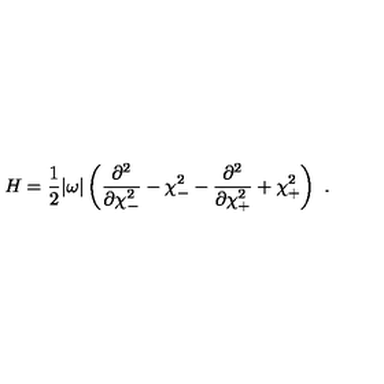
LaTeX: H = \frac { 1 } { 2 } | \omega | \left( \frac { \partial ^ { 2 } } { \partial \chi _ { - } ^ { 2 } } - \chi _ { - } ^ { 2 } - \frac { \partial ^ { 2 } } { \partial \chi _ { + } ^ { 2 } } + \chi _ { + } ^ { 2 } \right) \ .